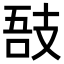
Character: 𢻊